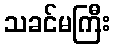
သခင်မကြီး